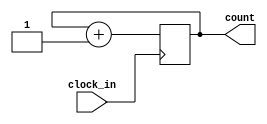
module ssd_count(

    input clock_in,
    output [7:0] count
    );
    
    
    reg [7:0] count;
    always@(posedge clock_in)
    begin
        count  = count + 1;
    end
    
    
endmodule